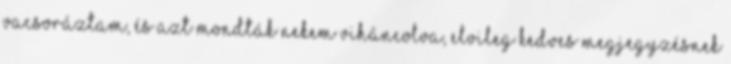
vacsoráztam, és azt mondták nekem viháncolva, elvileg kedves megjegyzésnek